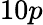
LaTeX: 10p